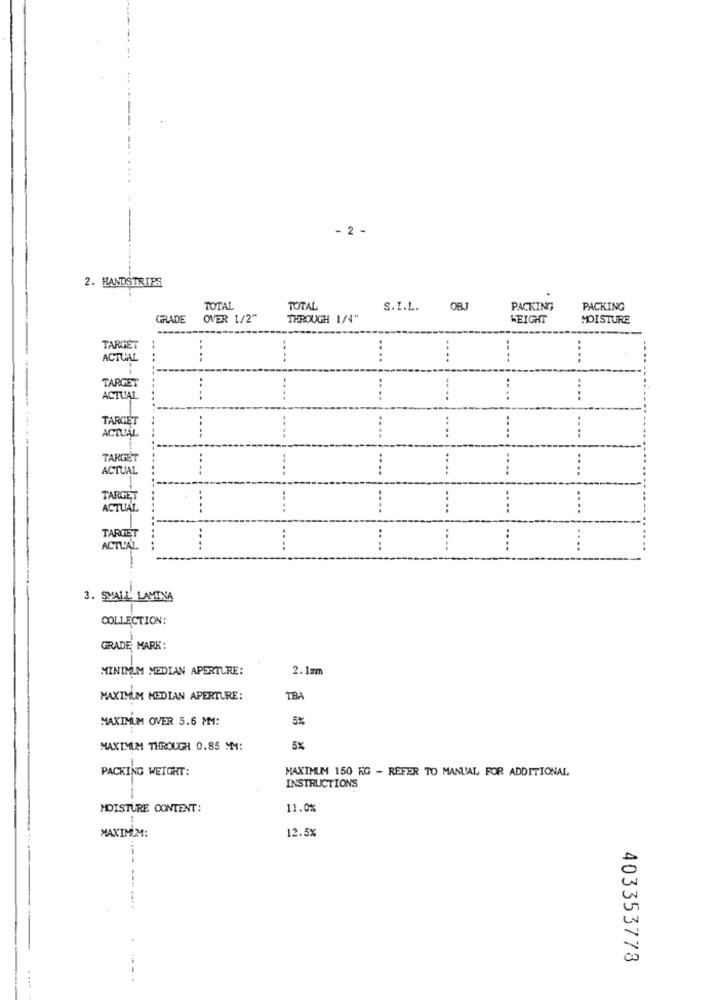
- 2 -
2. HANDSTRIPS
TOTAL
TOTAL
S.I.L. OBJ
PACKING
PACKING
GRADE
OVER 1/2"
THROUGH 1/4"
WEIGHT
MOISTURE
TARGET
ACTUAL
....
---.
....
....
....
TARGET
..
..
ACTUAL
....
....
...
TARGET
..
..
ACTUAL
....
....
TARGET
:
ACTUAL
....
....
....
1
TARGET
..
ACTUAL
----
...
....
TARGET
ACTL'AL
....
...
3. SMALL LAMINA
COLLECTION:
GRADE MARK:
MINIMUM MEDIAN APERTURE:
2. 1mm
MAXIMUM MEDIAN APERTURE:
TBA
MAXIMUM OVER 5.6 MM:
5%
MAXIMUM THROUGH 0.85 MM:
5%
MAXIMUM 150 KG - REFER TO MANUAL FOR ADDITIONAL
INSTRUCTIONS
MOISTURE CONTENT:
11.0%
MAXIMUM:
12.5%
403353778